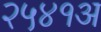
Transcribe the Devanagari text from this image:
२५४१अ